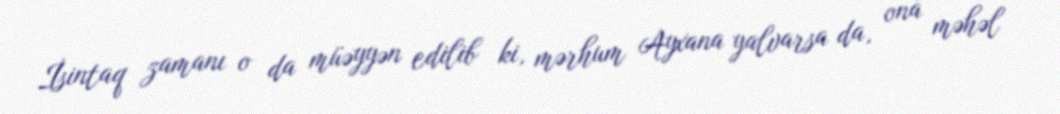
İsintaq zamanı o da müəyyən edilib ki, mərhum Ayxana yalvarsa da, ona məhəl